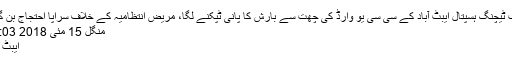
ایوب ٹیچنگ ہسپتال ایبٹ آباد کے سی سی یو وارڈ کی چھت سے بارش کا پانی ٹپکنے لگا، مریض انتظامیہ کے خلاف سراپا احتجاج بن گئے
منگل 15 مئی 2018 18:03
ایبٹ آباد۔